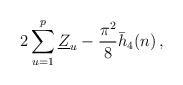
LaTeX: \begin{align*}2 \sum_{u=1}^p \underline{Z}_u - \frac{\pi^2}{8} \bar h_4(n) \,,\end{align*}